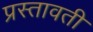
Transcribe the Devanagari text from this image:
प्रस्तावती